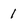
Character: 1